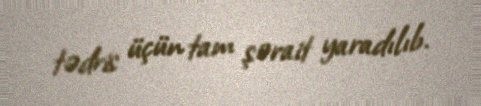
tədris üçün tam şərait yaradılıb.